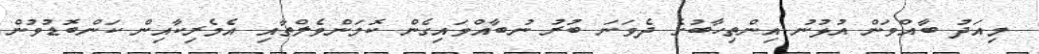
މިއަދު ބާއްވަން އުޅުނު އިންތިހާބުގެ ދެވަނަ ބުރު ނުބާއްވައިގެން ކޮމަންވެލްތާއި އެމެރިކާއިން ކަންބޮޑުވުން